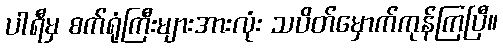
ပါရီမှ စက်ရုံကြီးများအားလုံး သပိတ်မှောက်ကုန်ကြပြီ။